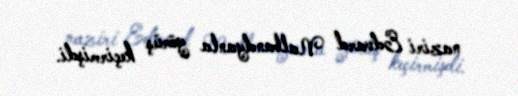
naziri Edvard Nalbandyanla görüş keçirmişdi.